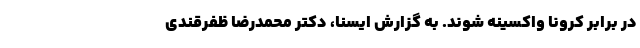
در برابر کرونا واکسینه شوند. به گزارش ایسنا، دکتر محمدرضا ظفرقندی